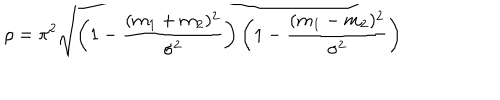
\rho = \pi ^ { 2 } \sqrt { \left( 1 - \frac { ( m _ { 1 } + m _ { 2 } ) ^ { 2 } } { \sigma ^ { 2 } } \right) \left( 1 - \frac { ( m _ { 1 } - m _ { 2 } ) ^ { 2 } } { \sigma ^ { 2 } } \right) }